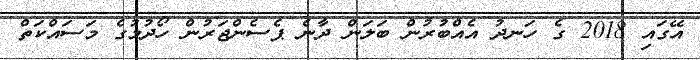
އޭގައި 2018 ގެ ހަނދު އެއްބުރުން ބަލަން ދާނެ ޕެސެންޖަރުން ހޯދުމުގެ މަސައްކަތް